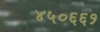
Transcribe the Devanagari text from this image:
४५०६६१